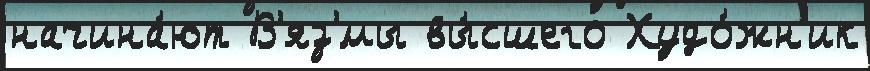
начина́ют В'яз'́мы вы́сшего Худо́жн'ик